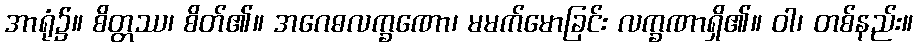
အာရုံ၌။ စိတ္တဿ၊ စိတ်၏။ အဂေဓလက္ခဏော၊ မမက်မောခြင်း လက္ခဏာရှိ၏။ ဝါ၊ တစ်နည်း။